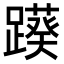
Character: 𨆠